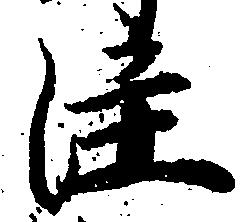
注